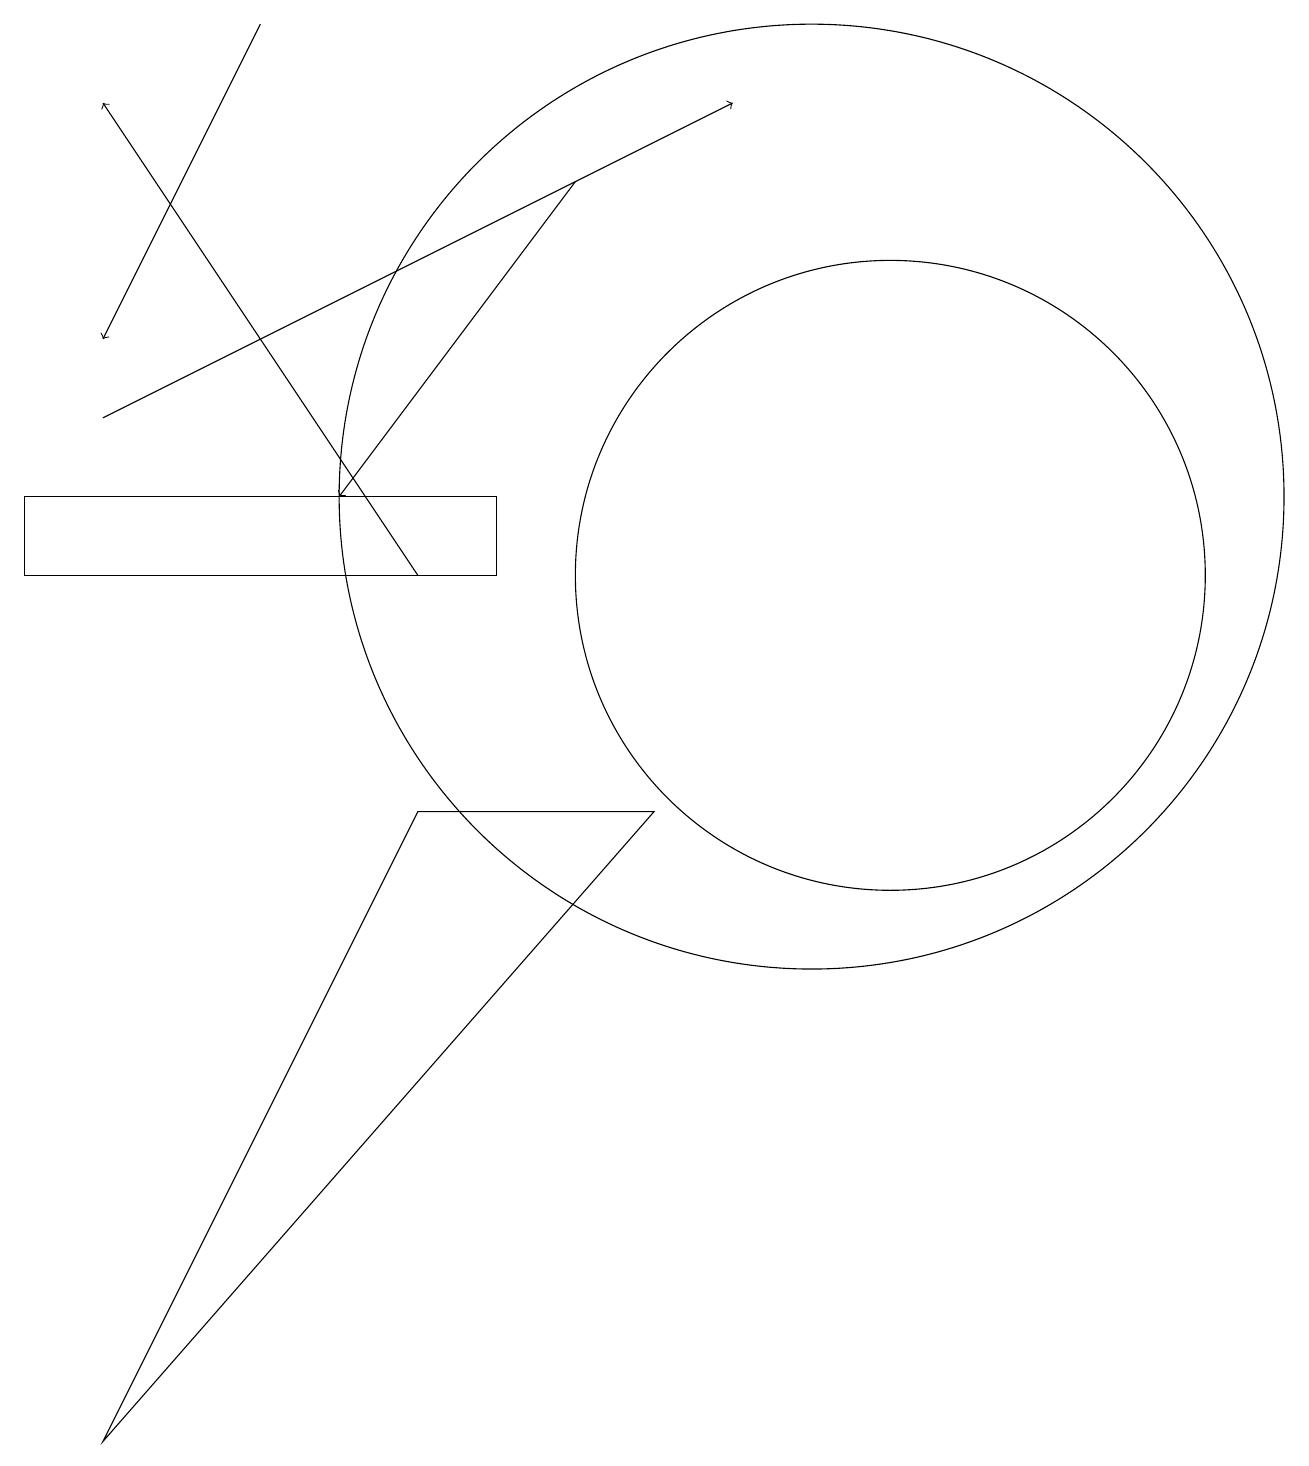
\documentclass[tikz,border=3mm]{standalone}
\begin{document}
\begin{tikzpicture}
\draw (10,12) circle (6);
\draw[->] (1,13) -- (9,17);
\draw (11,11) circle (4);
\draw[->] (5,11) -- (1,17);
\draw[->] (7,16) -- (4,12);
\draw[->] (3,18) -- (1,14);
\draw (0,12) rectangle (6,11);
\draw (1,0) -- (8,8) -- (5,8) -- cycle;
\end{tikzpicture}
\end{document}